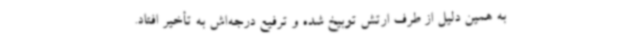
به همین دلیل از طرف ارتش توبیخ شده و ترفیع درجه‌اش به تأخیر افتاد.